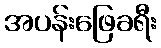
အပန်းဖြေခရီး